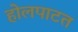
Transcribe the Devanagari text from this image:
होलपाटत